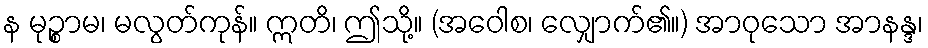
န မုဉ္စာမ၊ မလွတ်ကုန်။ ဣတိ၊ ဤသို့။ (အဝေါစ၊ လျှောက်၏။) အာဝုသော အာနန္ဒ၊